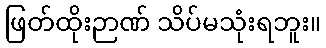
ဖြတ်ထိုးဉာဏ် သိပ်မသုံးရဘူး။